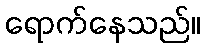
ရောက်နေသည်။